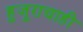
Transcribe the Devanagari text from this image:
हुजूराचाही